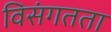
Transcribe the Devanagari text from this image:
विसंगतता